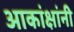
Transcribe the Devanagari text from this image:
आकांक्षांनी